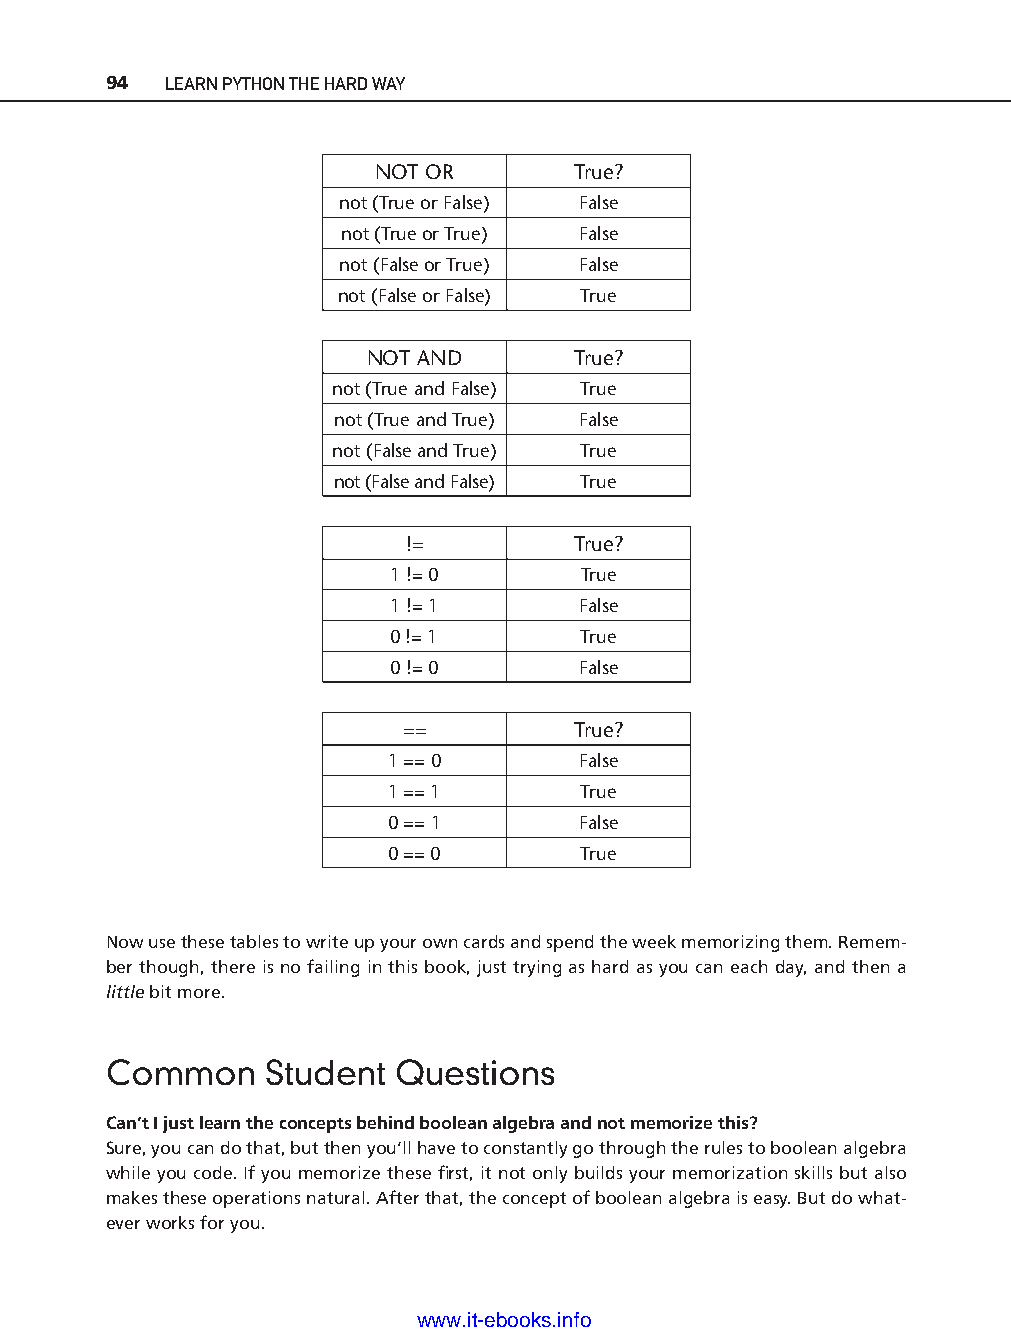
94  LEARN PYTHON THE HARD WAY
 NOT OR       True?
 not (True or False) False
 not (True or True) False
 not (False or True) False
 not (False or False) True
 NOT AND       True?
 not (True and False) True
 not (True and True) False
 not (False and True) True
 not (False and False) True
 !=         True?
 1 != 0       True
 1 != 1      False
 0 != 1       True
 0 != 0      False
 ptg11539604
 ==         True?
 1 == 0      False
 1 == 1       True
 0 == 1      False
 0 == 0       True
 Now use these tables to write up your own cards and spend the week memorizing them. Remem-
 ber though, there is no failing in this book, just trying as hard as you can each day, and then a
 little bit more.
 Common     Student Questions
 Can’t I just learn the concepts behind boolean algebra and not memorize this?
 Sure, you can do that, but then you’ll have to constantly go through the rules to boolean algebra
 while you code. If you memorize these fi rst, it not only builds your memorization skills but also
 makes these operations natural. After that, the concept of boolean algebra is easy. But do what-
 ever works for you.
 www.it-ebooks.info